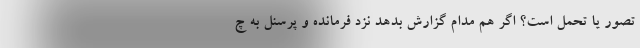
تصور یا تحمل است؟ اگر هم مدام گزارش بدهد نزد فرمانده و پرسنل به چ